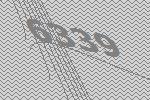
6339